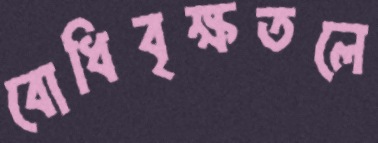
বোধিবৃক্ষতলে